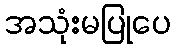
အသုံးမပြုပေ